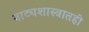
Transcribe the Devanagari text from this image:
नाट्यशास्त्रातही